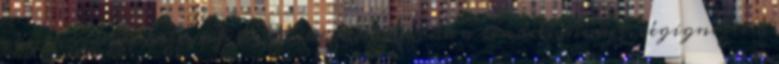
egyik szabad asztal felé. Miközben vártuk a rendelésünket, végignéztem